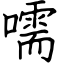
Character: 嚅